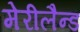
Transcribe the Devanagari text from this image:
मेरीलैन्ड